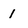
Character: 1